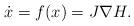
LaTeX: \begin{align*}\dot{x}=f(x)=J\nabla H.\end{align*}